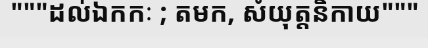
"""ដល់ឯកកៈ ; តមក, សំយុត្តនិកាយ"""